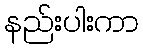
နည်းပါးကာ